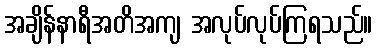
အချိန်နာရီအတိအကျ အလုပ်လုပ်ကြရသည်။